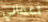
اعمالي